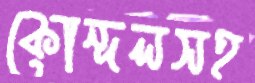
কোন্দলসহ